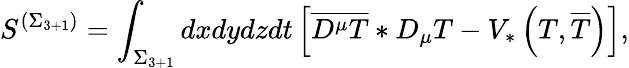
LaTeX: S^{\left(\Sigma_{3+1}\right)}=\int_{\Sigma_{3+1}}dxdydzdt\left[\overline{{{D^{\mu}T}}}*D_{\mu}T-V_{*}\left(T,\overline{{{T}}}\right)\right],